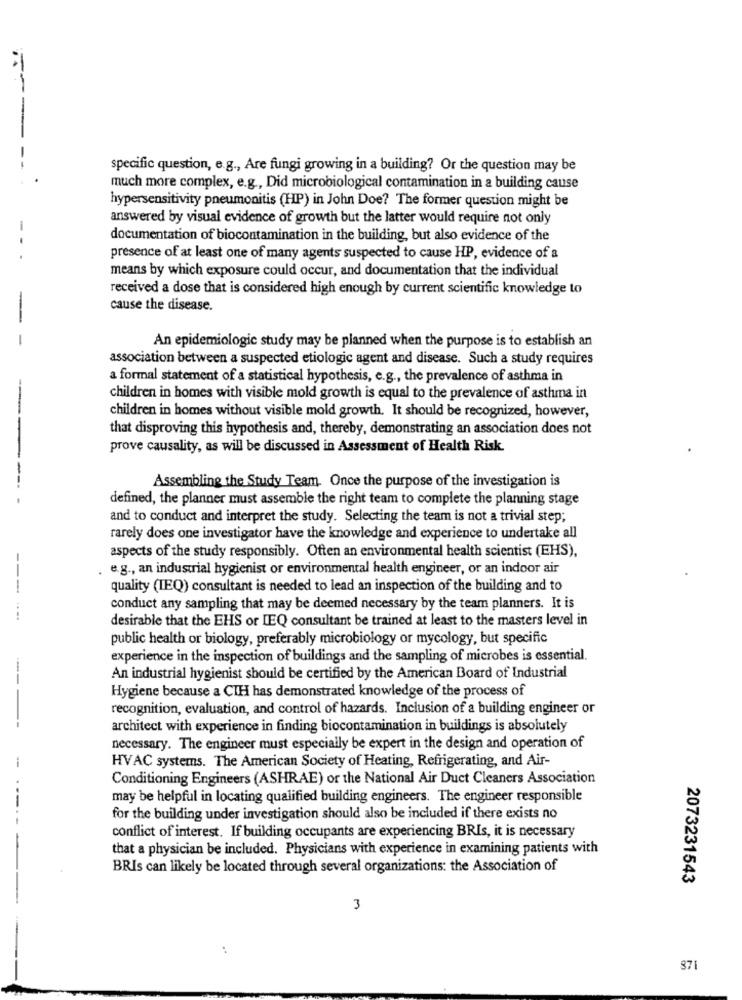
----
specific question, e.g ., Are fungi growing in a building? Or the question may be
much more complex, e.g ., Did microbiological contamination in a building cause
hypersensitivity pneumonitis (HP) in John Doe? The former question might be
answered by visual evidence of growth but the latter would require not only
-
documentation of biocontamination in the building, but also evidence of the
presence of at least one of many agents suspected to cause HP, evidence of a
means by which exposure could occur, and documentation that the individual
received a dose that is considered high enough by current scientific knowledge to
-
cause the disease.
-
An epidemiologic study may be planned when the purpose is to establish an
association between a suspected etiologic agent and disease. Such a study requires
a formal statement of a statistical hypothesis, e.g ., the prevalence of asthma in
children in homes with visible mold growth is equal to the prevalence of asthma in
children in homes without visible mold growth. It should be recognized, however,
that disproving this hypothesis and, thereby, demonstrating an association does not
prove causality, as will be discussed in Assessment of Health Risk.
Assembling the Study Team. Once the purpose of the investigation is
----
defined, the planner must assemble the right team to complete the planning stage
and to conduct and interpret the study. Selecting the team is not a trivial step;
rarely does one investigator have the knowledge and experience to undertake all
aspects of the study responsibly. Often an environmental health scientist (EHS),
. e.g ., an industrial hygienist or environmental health engineer, or an indoor air
quality (IEQ) consultant is needed to lead an inspection of the building and to
----
conduct any sampling that may be deemed necessary by the team planners. It is
....
desirable that the EHS or IEQ consultant be trained at least to the masters level in
public health or biology, preferably microbiology or mycology, but specific
experience in the inspection of buildings and the sampling of microbes is essential.
--
An industrial hygienist should be certified by the American Board of Industrial
Hygiene because a CTH has demonstrated knowledge of the process of
recognition, evaluation, and control of hazards. Inclusion of a building engineer or
--
architect with experience in finding biocontamination in buildings is absolutely
necessary. The engineer must especially be expert in the design and operation of
HVAC systems. The American Society of Heating, Refrigerating, and Air-
--
Conditioning Engineers (ASHRAE) or the National Air Duct Cleaners Association
may be helpful in locating qualified building engineers. The engineer responsible
for the building under investigation should also be included if there exists no
conflict of interest. If building occupants are experiencing BRIs, it is necessary
that a physician be included. Physicians with experience in examining patients with
BRIs can likely be located through several organizations: the Association of
2073231543
3
871